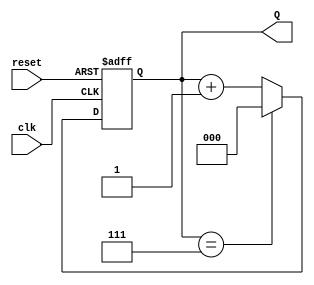
module binary_counter #(
    parameter N = 3  // Number of bits for the counter
)(
    input wire clk,      // Clock input
    input wire reset,    // Asynchronous reset input
    output reg [N-1:0] Q // Counter output
);

    // Always block triggered on the clock edge
    always @(posedge clk or posedge reset) begin
        if (reset) begin
            Q <= 0; // Reset the counter to 0
        end else begin
            if (Q == (1 << N) - 1) begin
                Q <= 0; // Wrap around to 0 after reaching max count
            end else begin
                Q <= Q + 1; // Increment the counter
            end
        end
    end

endmodule